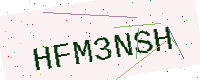
Text: HFM3NSH